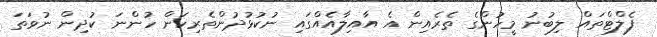
ފެލްޓްތައް ލިބުނު މީހުންގެ ތެރެއިން އެ އާއިލާއެއްގައި ނުކުޅުދުންތެރިކަން ހުންނަ ކުދިން ނުވަތަ